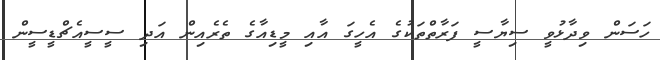
ހަސަން ވިދާޅުވީ ސިޔާސީ ފަރާތްތަކުގެ އެހީގަ އާއި މީޑިއާގެ ތެރެއިން އަދި ސީސީއެޗްޑީސީން